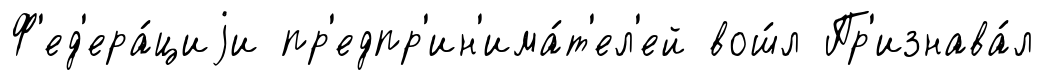
Ф'ед'ера́циjи пр'едпр'ин'има́т'ел'ей вош́л Пр'изнава́л